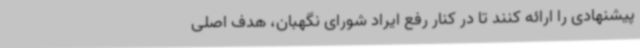
پیشنهادی را ارائه کنند تا در کنار رفع ایراد شورای نگهبان، هدف اصلی